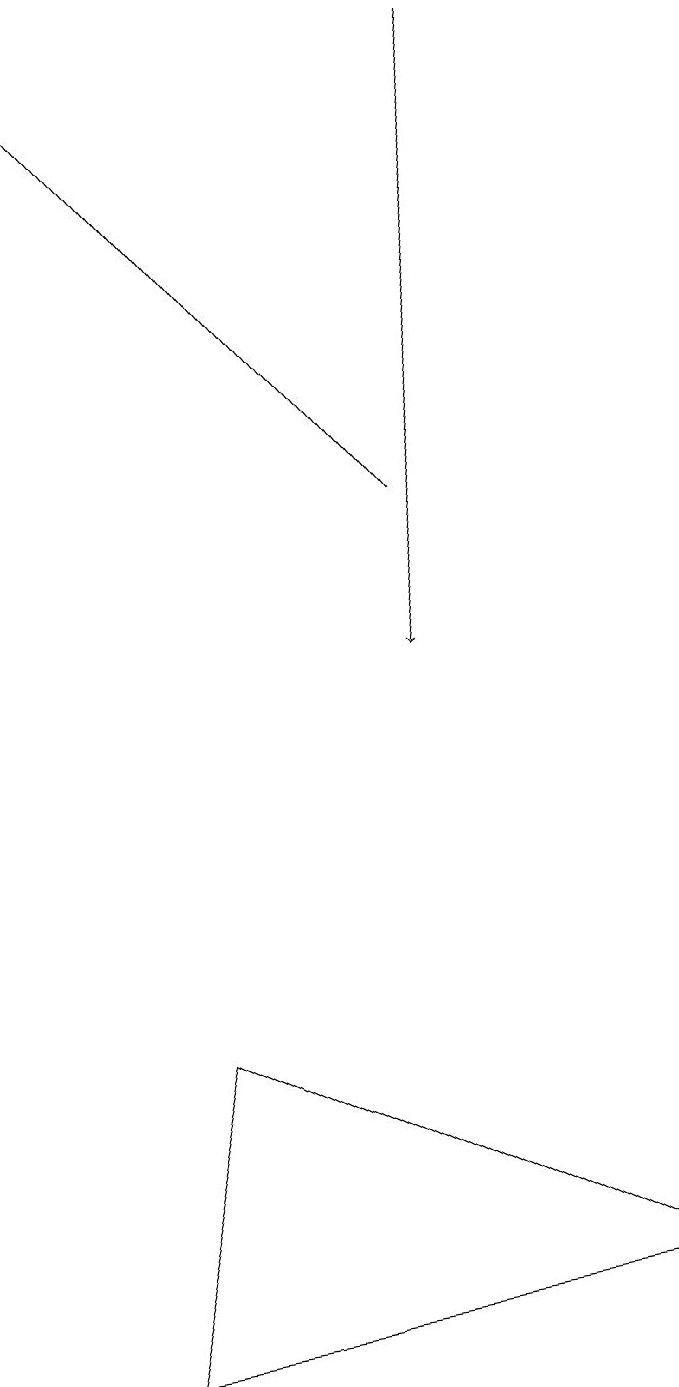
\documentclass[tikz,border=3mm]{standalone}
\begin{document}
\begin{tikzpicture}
\draw (9,2) -- (2,1) -- (3,5) -- cycle;
\draw[->] (7,18) -- (6,10);
\draw (5,16) rectangle (5,16);
\draw[->] (6,12) -- (1,18);
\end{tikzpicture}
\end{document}